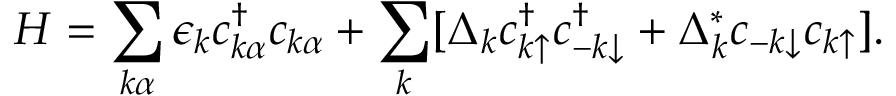
H = \sum _ { k \alpha } \epsilon _ { k } c _ { k \alpha } ^ { \dagger } c _ { k \alpha } + \sum _ { k } [ \Delta _ { k } c _ { k \uparrow } ^ { \dagger } c _ { - k \downarrow } ^ { \dagger } + \Delta _ { k } ^ { * } c _ { - k \downarrow } c _ { k \uparrow } ] .